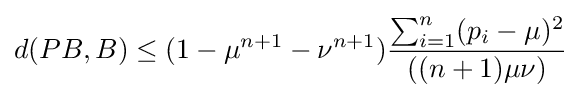
d(PB,B)\leq (1-\mu ^{n+1}-\nu ^{n+1}){\frac {\sum _{i=1}^{n}(p_{i}-\mu )^{2}}{((n+1)\mu \nu )}}